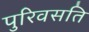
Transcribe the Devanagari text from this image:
पुरिवसति